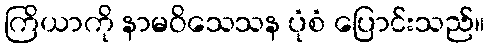
ကြိယာကို နာမဝိသေသန ပုံစံ ပြောင်းသည်။